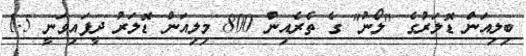
ބިލިއަން ޑޮލަރުގެ "ލޯނު" ގެ ތެރެއިން 800 މިލިއަން ޑޮލަރު ދީފައިވަނީ 1.5